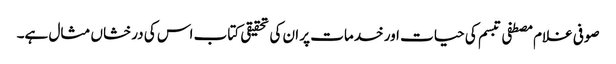
صوفی غلام مصطفی تبسم کی حیات اور خدمات پر ان کی تحقیقی کتاب اس کی درخشاں مثال ہے۔